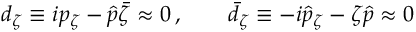
d _ { \zeta } \equiv i p _ { \zeta } - \hat { p } \bar { \zeta } \approx 0 \, , \qquad \bar { d } _ { \zeta } \equiv - i \hat { p } _ { \zeta } - \zeta \hat { p } \approx 0